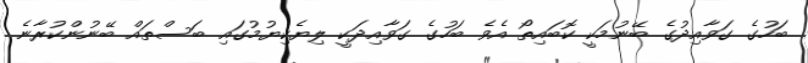
ބަހުގެ ގަވާއިދުގެ ބޭނުމަކީ ކޮބައިތޯ އެވެ ބަހުގެ ގަވާއިދަކީ ލިޔެކިޔުމުގައި ބަސްތައް ބޭނުންކުރާނެ